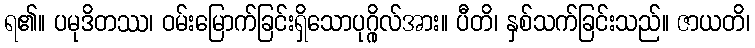
ရ၏။ ပမုဒိတဿ၊ ဝမ်းမြောက်ခြင်းရှိသောပုဂ္ဂိုလ်အား။ ပီတိ၊ နှစ်သက်ခြင်းသည်။ ဇာယတိ၊